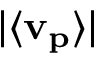
| \langle \mathbf { v _ { p } } \rangle |